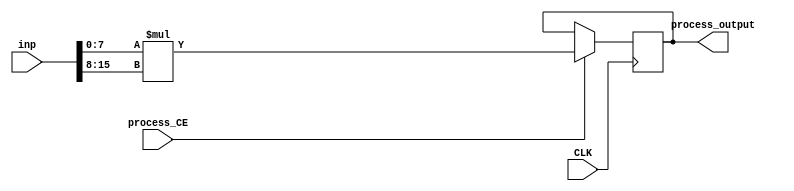
module partial_mult_Auint8_Buint8(input CLK, input process_CE, input [15:0] inp, output [15:0] process_output);
parameter INSTANCE_NAME="INST";
  reg [15:0] unnamedbinop1553_delay1_validunnamednull0_CEprocess_CE;  always @ (posedge CLK) begin if (process_CE) begin unnamedbinop1553_delay1_validunnamednull0_CEprocess_CE <= {({8'b0,(inp[7:0])}*{8'b0,(inp[15:8])})}; end end
  assign process_output = unnamedbinop1553_delay1_validunnamednull0_CEprocess_CE;
endmodule